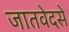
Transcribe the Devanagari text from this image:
जातवेदसे